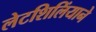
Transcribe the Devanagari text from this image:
लेटशिलिंयाने